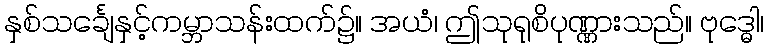
နှစ်သင်္ချေနှင့်ကမ္ဘာသန်းထက်၌။ အယံ၊ ဤသုရုစိပုဏ္ဏားသည်။ ဗုဒ္ဓေါ၊